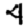
Digit: 4